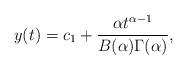
LaTeX: \begin{align*} y(t)=c_1+ \frac{\alpha t^{\alpha-1}}{B(\alpha) \Gamma(\alpha)}, \end{align*}